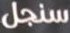
سنجل